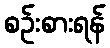
စဉ်းစားရန်